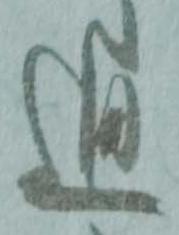
通